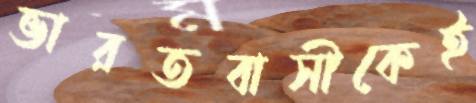
ভারতবাসীকেই